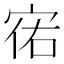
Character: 𫳌